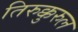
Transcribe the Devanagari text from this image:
तिरुक्कुरुल